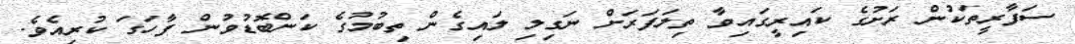
ސަފާރީތަކުން ރަށުގެ ކައިރީގައިވާ ތިލަފަރަށް ނަގިލި ލައިގެން ތިބުމުގެ ކަންބޮޑުވުން ފާހަގަ ކުރިއެވެ.